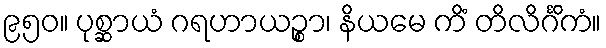
၉၅၀။ ပုစ္ဆာယံ ဂရဟာယဉ္စာ၊ နိယမေ ကိံ တိလိင်္ဂိကံ။